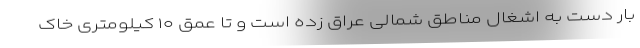
بار دست به اشغال مناطق شمالی عراق زده است و تا عمق ۱۰ کیلومتری خاک